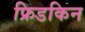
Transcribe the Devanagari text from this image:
फ्रिडकिन